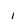
Character: i